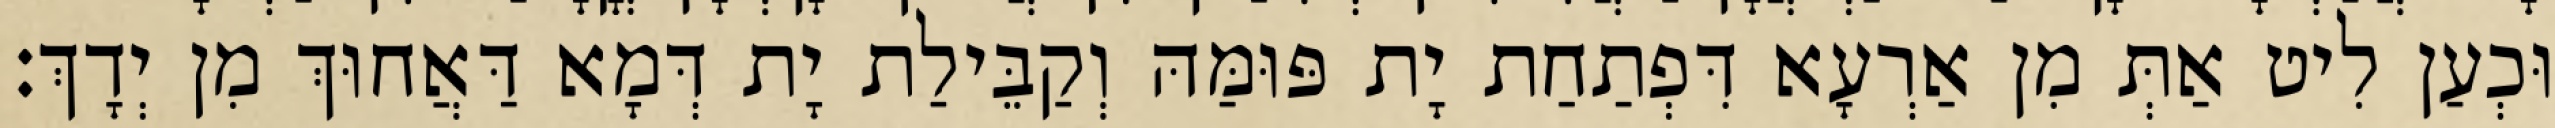
וּכְעַן לִיט אַתְּ מִן אַרְעָא דִּפְתַחַת יָת פּוּמַּהּ וְקַבֵּילַת יָת דְּמָא דַּאֲחוּךְ מִן יְדָךְ׃